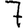
Digit: 7